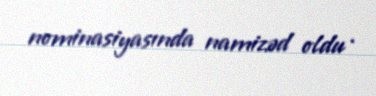
nominasiyasında namizəd oldu .